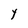
Character: Y